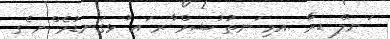
ަނލް ޑރާ .އމި ަނތު ުޝމް ާރ ައ ުޅގަނޑުމެ ްނ ެގ